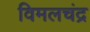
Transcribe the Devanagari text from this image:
विमलचंद्र